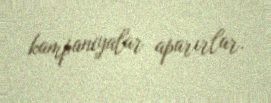
kampaniyalar aparırlar.